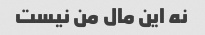
نه این مال من نیست